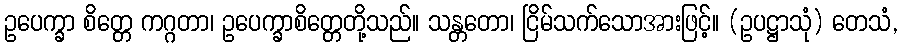
ဥပေက္ခာ စိတ္တေ ကဂ္ဂတာ၊ ဥပေက္ခာစိတ္တေတို့သည်။ သန္တတော၊ ငြိမ်သက်သောအားဖြင့်။ (ဥပဋ္ဌာသုံ) တေသံ,